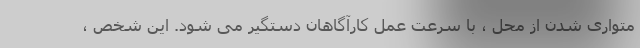
متواری شدن از محل ، با سرعت عمل کارآگاهان دستگیر می شود. این شخص ،